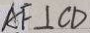
A F \bot C D